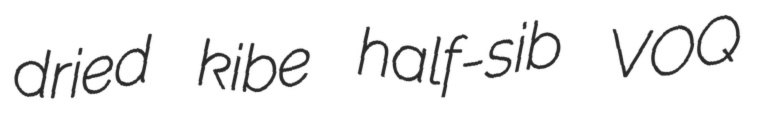
dried kibe half-sib VOQ